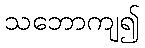
သဘောကျ၍